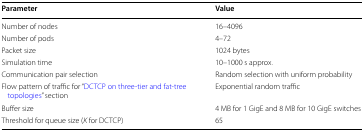
<table><thead><tr><td><b>Parameter</b></td><td><b>Value</b></td></tr></thead><tbody><tr><td>Number of nodes</td><td>16–4096</td></tr><tr><td>Number of pods</td><td>4–72</td></tr><tr><td>Packet size</td><td>1024 bytes</td></tr><tr><td>Simulation time</td><td>10–1000 s approx.</td></tr><tr><td>Communication pair selection</td><td>Random selection with uniform probability</td></tr><tr><td>Flow pattern of traffic for “DCTCP on three-tier and fat-tree topologies” section</td><td>Exponential random traffic</td></tr><tr><td>Buffer size</td><td>4 MB for 1 GigE and 8 MB for 10 GigE switches</td></tr><tr><td>Threshold for queue size (<i>K</i> for DCTCP)</td><td>65</td></tr></tbody></table>